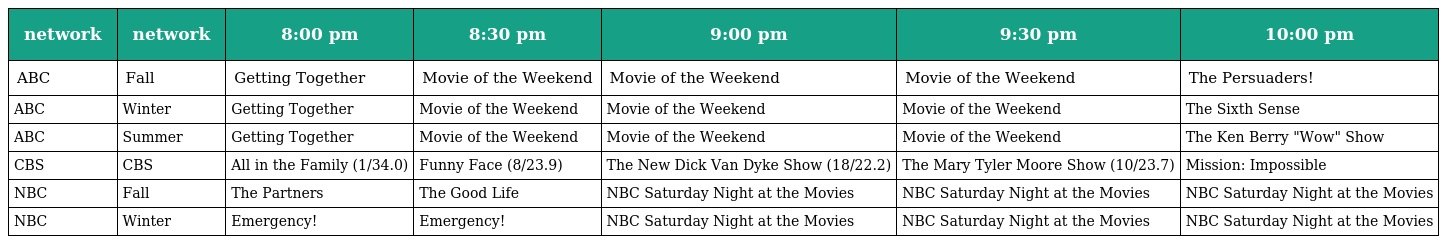
| network | network | 8:00 pm | 8:30 pm | 9:00 pm | 9:30 pm | 10:00 pm |
 | --- | --- | --- | --- | --- | --- | --- |
 | ABC | Fall | Getting Together | Movie of the Weekend | Movie of the Weekend | Movie of the Weekend | The Persuaders! |
 | ABC | Winter | Getting Together | Movie of the Weekend | Movie of the Weekend | Movie of the Weekend | The Sixth Sense |
 | ABC | Summer | Getting Together | Movie of the Weekend | Movie of the Weekend | Movie of the Weekend | The Ken Berry "Wow" Show |
 | CBS | CBS | All in the Family (1/34.0) | Funny Face (8/23.9) | The New Dick Van Dyke Show (18/22.2) | The Mary Tyler Moore Show (10/23.7) | Mission: Impossible |
 | NBC | Fall | The Partners | The Good Life | NBC Saturday Night at the Movies | NBC Saturday Night at the Movies | NBC Saturday Night at the Movies |
 | NBC | Winter | Emergency! | Emergency! | NBC Saturday Night at the Movies | NBC Saturday Night at the Movies | NBC Saturday Night at the Movies |